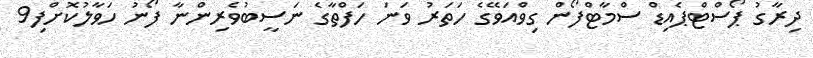
ދިރާގު ޕޯސްޓްޕެއިޑް ސްމާޓްފޯން ގިވްއަވޭގެ ހަތަރު ވަނަ ހަފްތާގެ ނަސީބުވެރިންނާ ފޯނު ހަވާލުކޮށްފި9